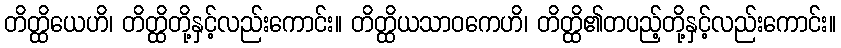
တိတ္ထိယေဟိ၊ တိတ္ထိတို့နှင့်လည်းကောင်း။ တိတ္ထိယသာဝကေဟိ၊ တိတ္ထိ၏တပည့်တို့နှင့်လည်းကောင်း။